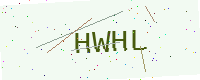
Text: HWHL